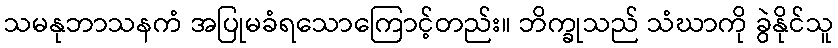
သမနုဘာသနကံ အပြုမခံရသောကြောင့်တည်း။ ဘိက္ခုသည် သံဃာကို ခွဲနိုင်သူ